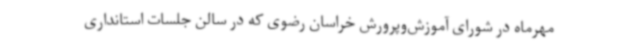
مهرماه در شورای آموزش‌وپرورش خراسان رضوی که در سالن جلسات استانداری